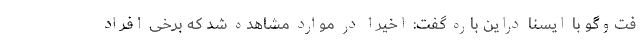
فت‌وگو با ایسنا دراین باره گفت: اخیرا در موارد مشاهده شد که برخی افراد